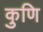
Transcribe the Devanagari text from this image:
कुणि